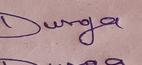
Signature authenticity: genuine